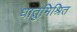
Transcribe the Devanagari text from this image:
धातुमिश्रित